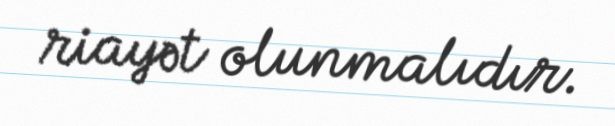
riayət olunmalıdır.